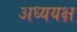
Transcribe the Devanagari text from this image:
अध्ययक्ष